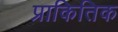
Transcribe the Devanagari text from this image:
प्राकितिक